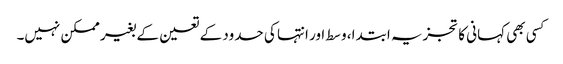
کسی بھی کہانی کا تجزیہ ابتدا، وسط اور انتہا کی حدود کے تعین کے بغیر ممکن نہیں۔